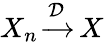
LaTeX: \displaystyle X_{n}\, {\xrightarrow{\mathcal{D}}}\, X